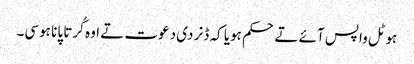
ہوٹل واپس آئے تے حکم ہویا کہ ڈنر دی دعوت تے اوہ کُرتا پانا ہوسی۔